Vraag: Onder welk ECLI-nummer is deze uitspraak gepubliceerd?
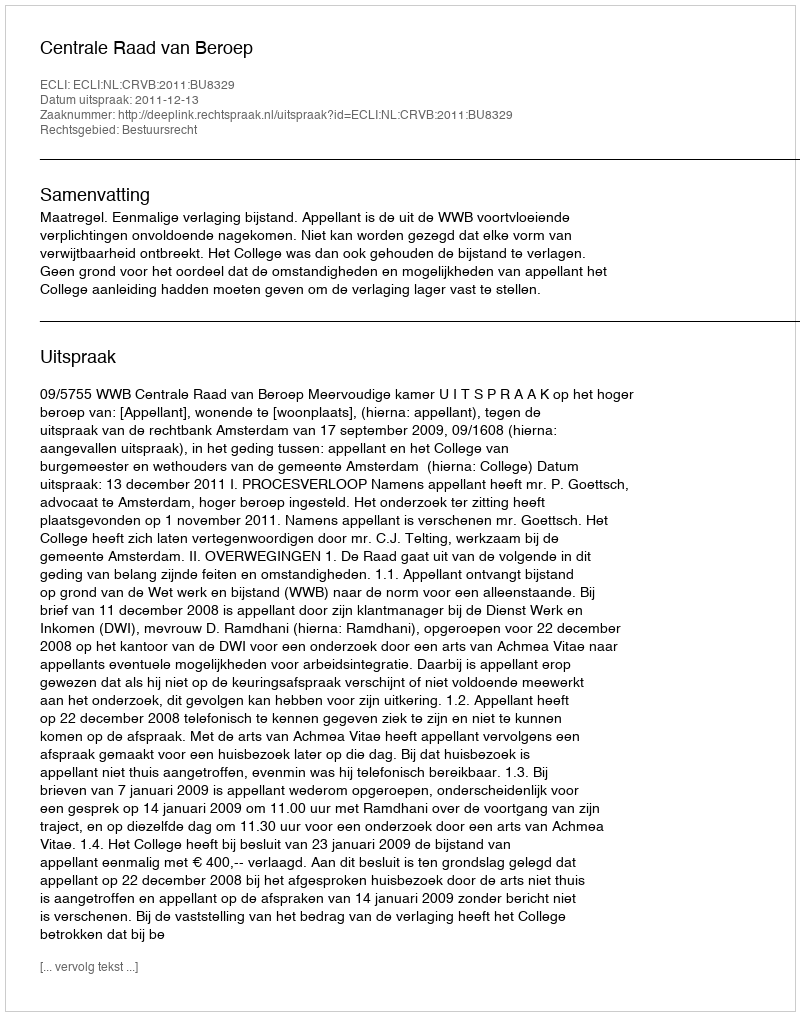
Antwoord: ECLI:NL:CRVB:2011:BU8329